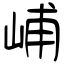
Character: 峬